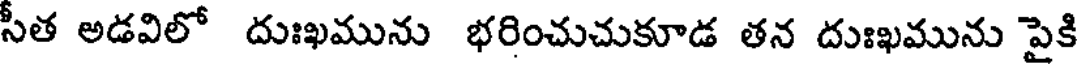
సీత అడవిలో దుఃఖమును భరించుచుకూడ తన దుఃఖమును పైకి